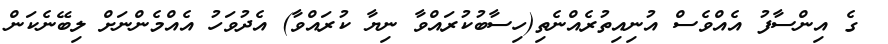
ގެ އިންސާފު އެއްވެސް އުނިއިތުރެއްނެތި(ހިސާބުކުރައްވާ ނިޔާ ކުރައްވާ) އެދުވަހު އެއްމެންނަށް ލިބޭނެކަން